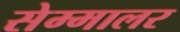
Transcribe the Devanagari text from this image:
सेम्मालर